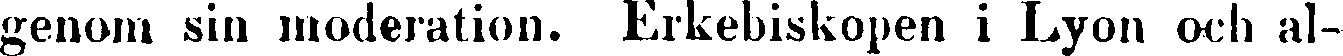
genom sin moderation. Erkebiskopen i Lyon och al-